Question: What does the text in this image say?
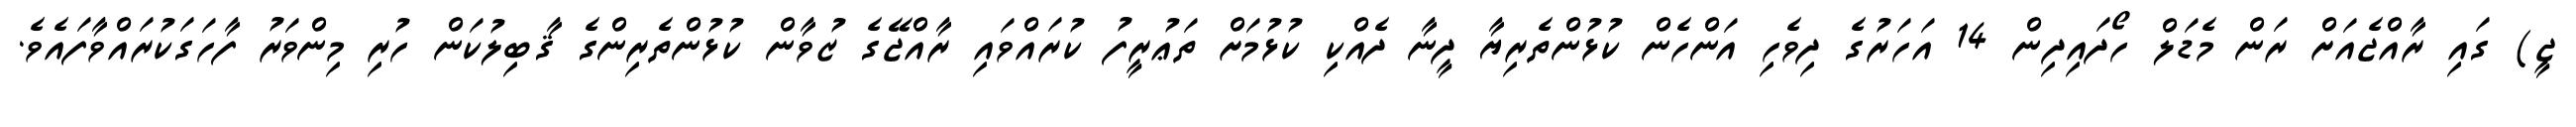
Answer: ޖީ) ގައި ރާއްޖެއަށް ރަން މެޑަލް ހޯދައިދިން 14 އަހަރުގެ ދިވެހި އަންހެން ކުޅުންތެރިޔާ ދީނާ ދެއްކި ކުޅުމަށް ތަޢުރީފު ކުރައްވައި ރާއްޖޭގެ ޒުވާން ކުޅުންތެރިންގެ ޤާބިލުކަން ހުރި މިންވަރު ފާހަގަކުރައްވާފައެވެ.